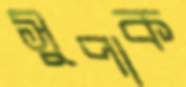
সুপাক